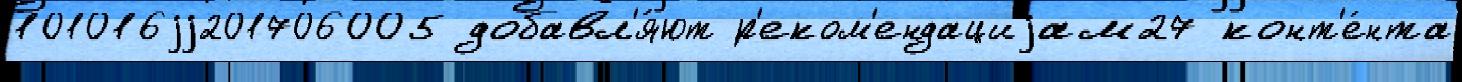
101016jj201706005 добавл'я́ют р'еком'ендациjам27 конт'е́нта